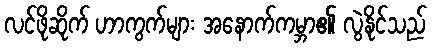
လင်ဖိုဆိုက် ဟာကွက်များ အနောက်ကမ္ဘာ၏ လွဲနိုင်သည်